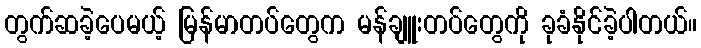
တွက်ဆခဲ့ပေမယ့် မြန်မာတပ်တွေက မန်ချူးတပ်တွေကို ခုခံနိုင်ခဲ့ပါတယ်။